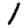
Digit: 1